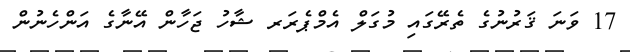
17 ވަނަ ޤަރުނުގެ ތެރޭގައި މުގަލް އެމްޕެރަރ ޝާހު ޖަހާން އޭނާގެ އަންހެނުން